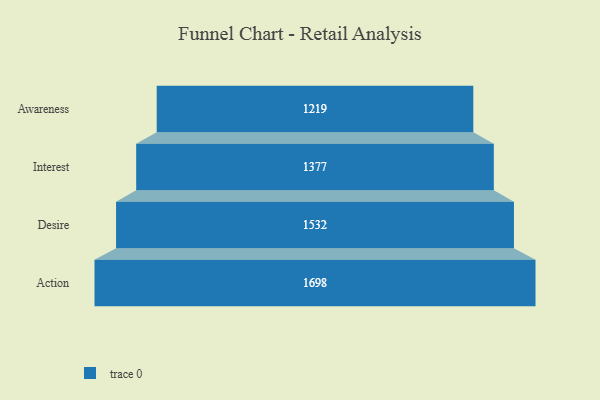
{"axis": {"x": "Stage", "y": "Value"}, "legend": [""], "data": [{"x": "Awareness", "y": 1219.0, "type": ""}, {"x": "Interest", "y": 1377.0, "type": ""}, {"x": "Desire", "y": 1532.0, "type": ""}, {"x": "Action", "y": 1698.0, "type": ""}]}